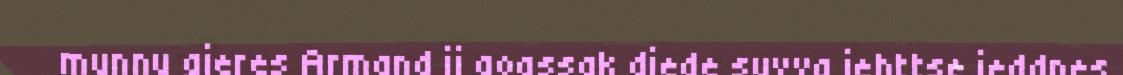
munnu gieres Armand ij goassak diede suvva iehttse ieddnes